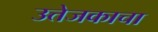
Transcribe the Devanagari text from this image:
उत्तेजकाचा